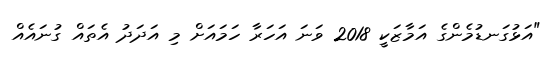
"އަޅުގަނޑުމެންގެ އަމާޒަކީ 2018 ވަނަ އަހަރާ ހަމައަށް މި އަދަދު އެތައް ގުނައެއް